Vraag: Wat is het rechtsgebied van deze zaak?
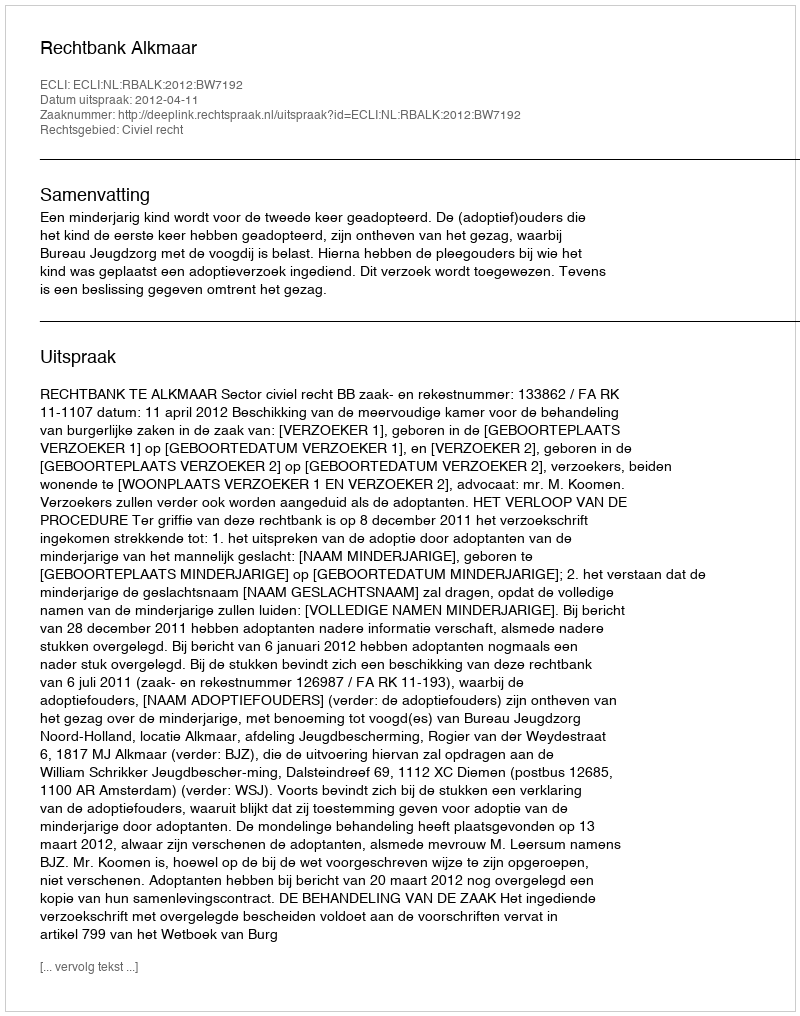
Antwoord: Civiel recht